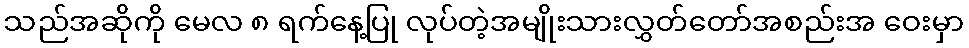
သည်အဆိုကို မေလ ၈ ရက်နေ့ပြု လုပ်တဲ့အမျိုးသားလွှတ်တော်အစည်းအ ဝေးမှာ